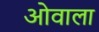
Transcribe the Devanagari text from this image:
ओवाला